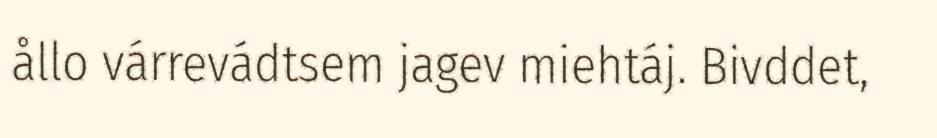
ållo várrevádtsem jagev miehtáj. Bivddet,